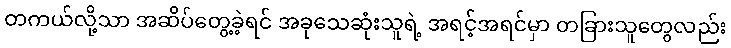
တကယ်လို့သာ အဆိပ်တွေ့ခဲ့ရင် အခုသေဆုံးသူရဲ့ အရင့်အရင်မှာ တခြားသူတွေလည်း